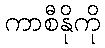
ကာစီနိုကို